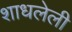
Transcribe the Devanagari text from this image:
शाधलेली